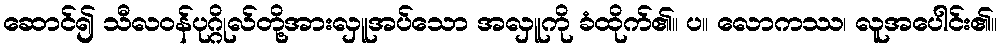
ဆောင်၍ သီလဝန်ပုဂ္ဂိုလ်တို့အားလှူအပ်သော အလှူကို ခံထိုက်၏။ ပ။ လောကဿ၊ လူအပေါင်း၏။